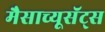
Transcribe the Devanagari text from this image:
मैसाच्यूसॅट्स